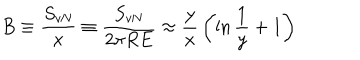
LaTeX: B \equiv { \frac { S _ { \mathrm { v N } } } { x } } \equiv { \frac { S _ { \mathrm { v N } } } { 2 \pi R E } } \approx { \frac { y } { x } } \left( \ln { \frac { 1 } { y } } + 1 \right)